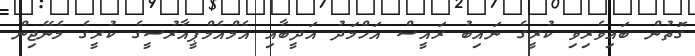
ގޮތުން ބައިވެރިވި ކުރީގެ ނައިބު ރައީސް އަހްމަދު އަދީބާއި އެމްއެމްޕީއާރުސީގެ ކުރީގެ މެނޭޖިން